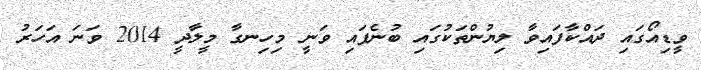
ވީޑިއޯގައި ދައްކާފައިވާ ލިޔުންތަކުގައި ބުނެފައި ވަނީ މިހިނގާ މީލާދީ 2014 ވަނަ އަހަރު